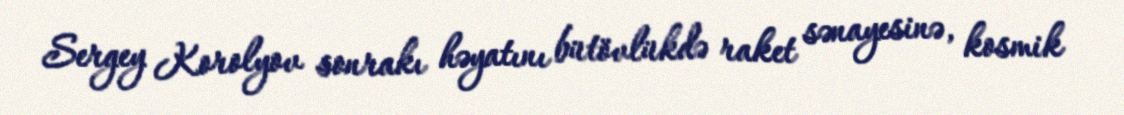
Sergey Korolyov sonrakı həyatını bütövlükdə raket sənayesinə, kosmik